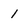
Character: 1